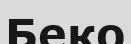
Беко